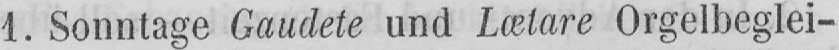
1. Sonntage Gaudete und Lætare Orgelbeglei-